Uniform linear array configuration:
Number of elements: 32
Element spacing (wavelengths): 0.75
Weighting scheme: exponential
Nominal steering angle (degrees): -30
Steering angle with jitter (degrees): -29.562
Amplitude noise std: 0.05
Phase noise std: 0.05

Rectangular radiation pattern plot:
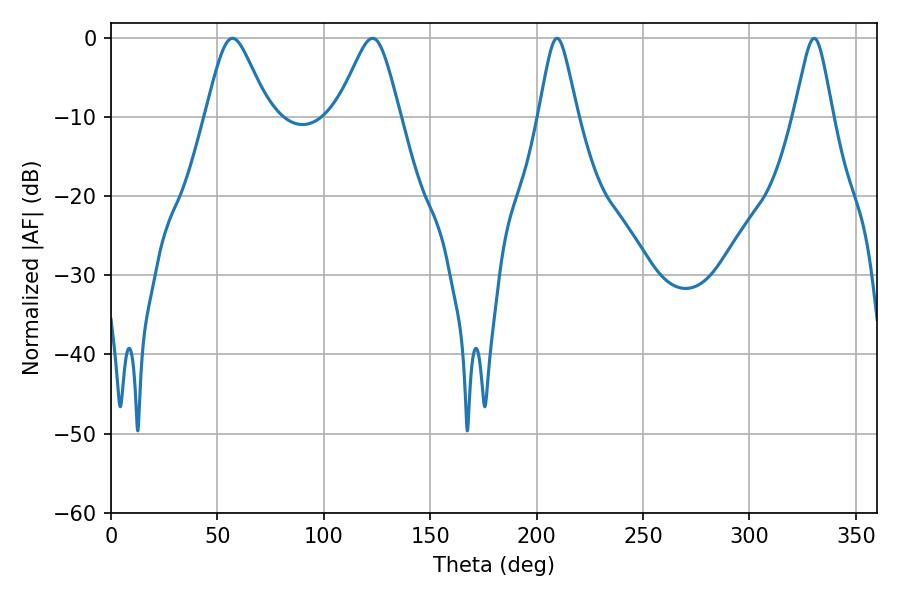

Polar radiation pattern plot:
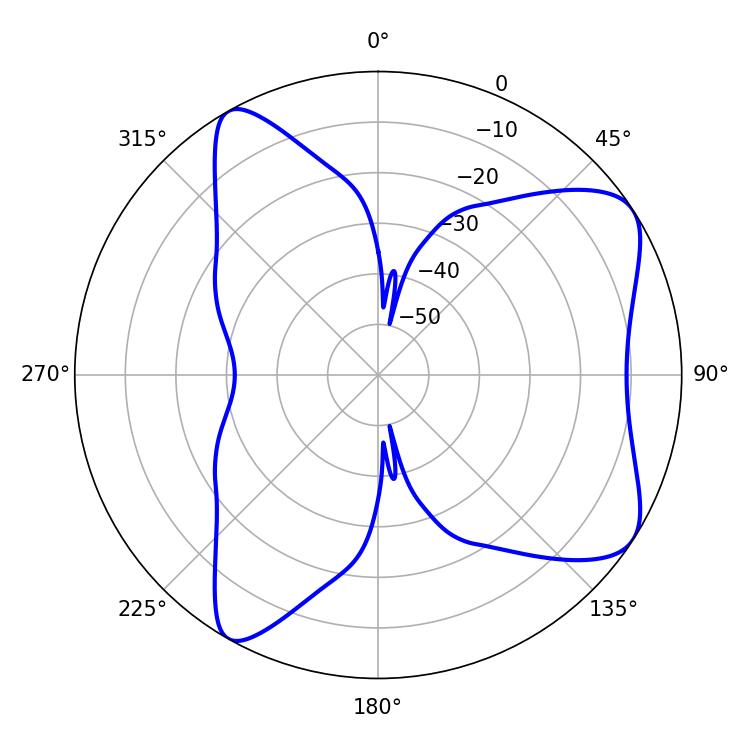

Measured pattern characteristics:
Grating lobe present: TRUE
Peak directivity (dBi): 7.526
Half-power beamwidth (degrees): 14.4
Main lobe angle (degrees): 57.06